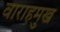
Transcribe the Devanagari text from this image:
वाराहमुख